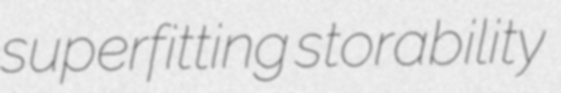
superfitting storability